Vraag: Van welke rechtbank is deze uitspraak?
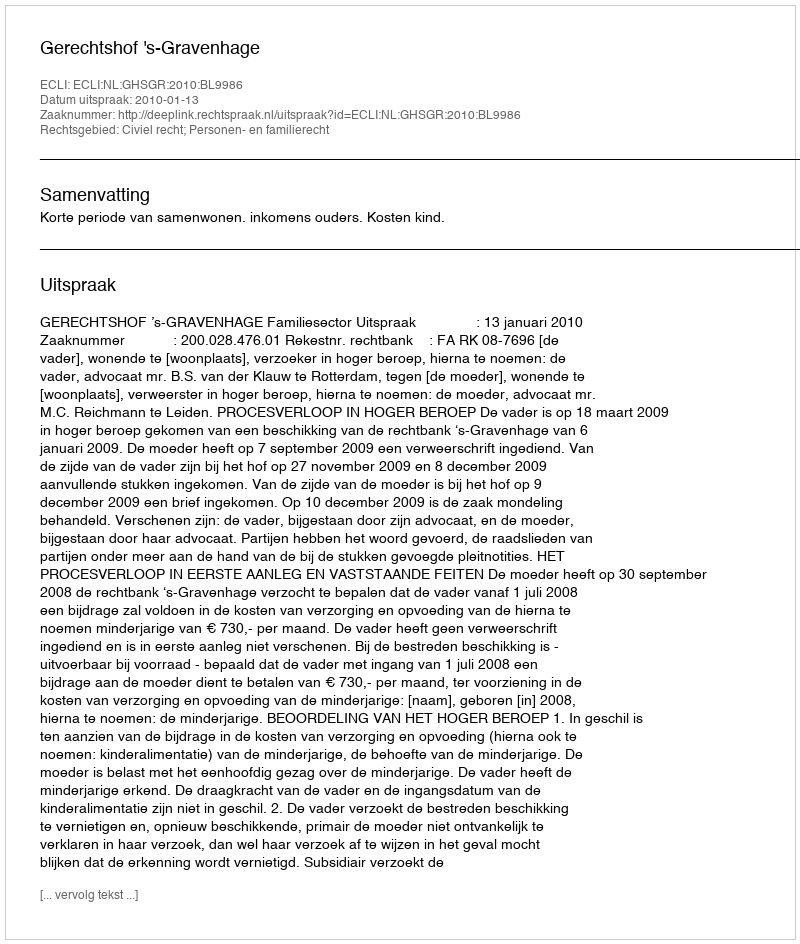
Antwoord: Gerechtshof 's-Gravenhage